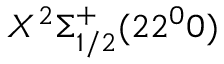
X ^ { 2 } \Sigma _ { 1 / 2 } ^ { + } ( 2 2 ^ { 0 } 0 )